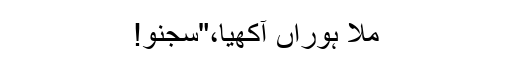
مُلا ہوراں آکھیا،"سجنو!